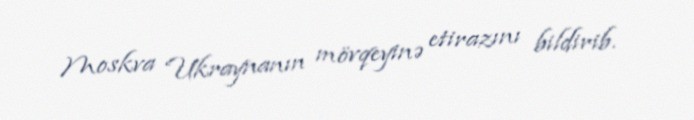
Moskva Ukraynanın mövqeyinə etirazını bildirib.